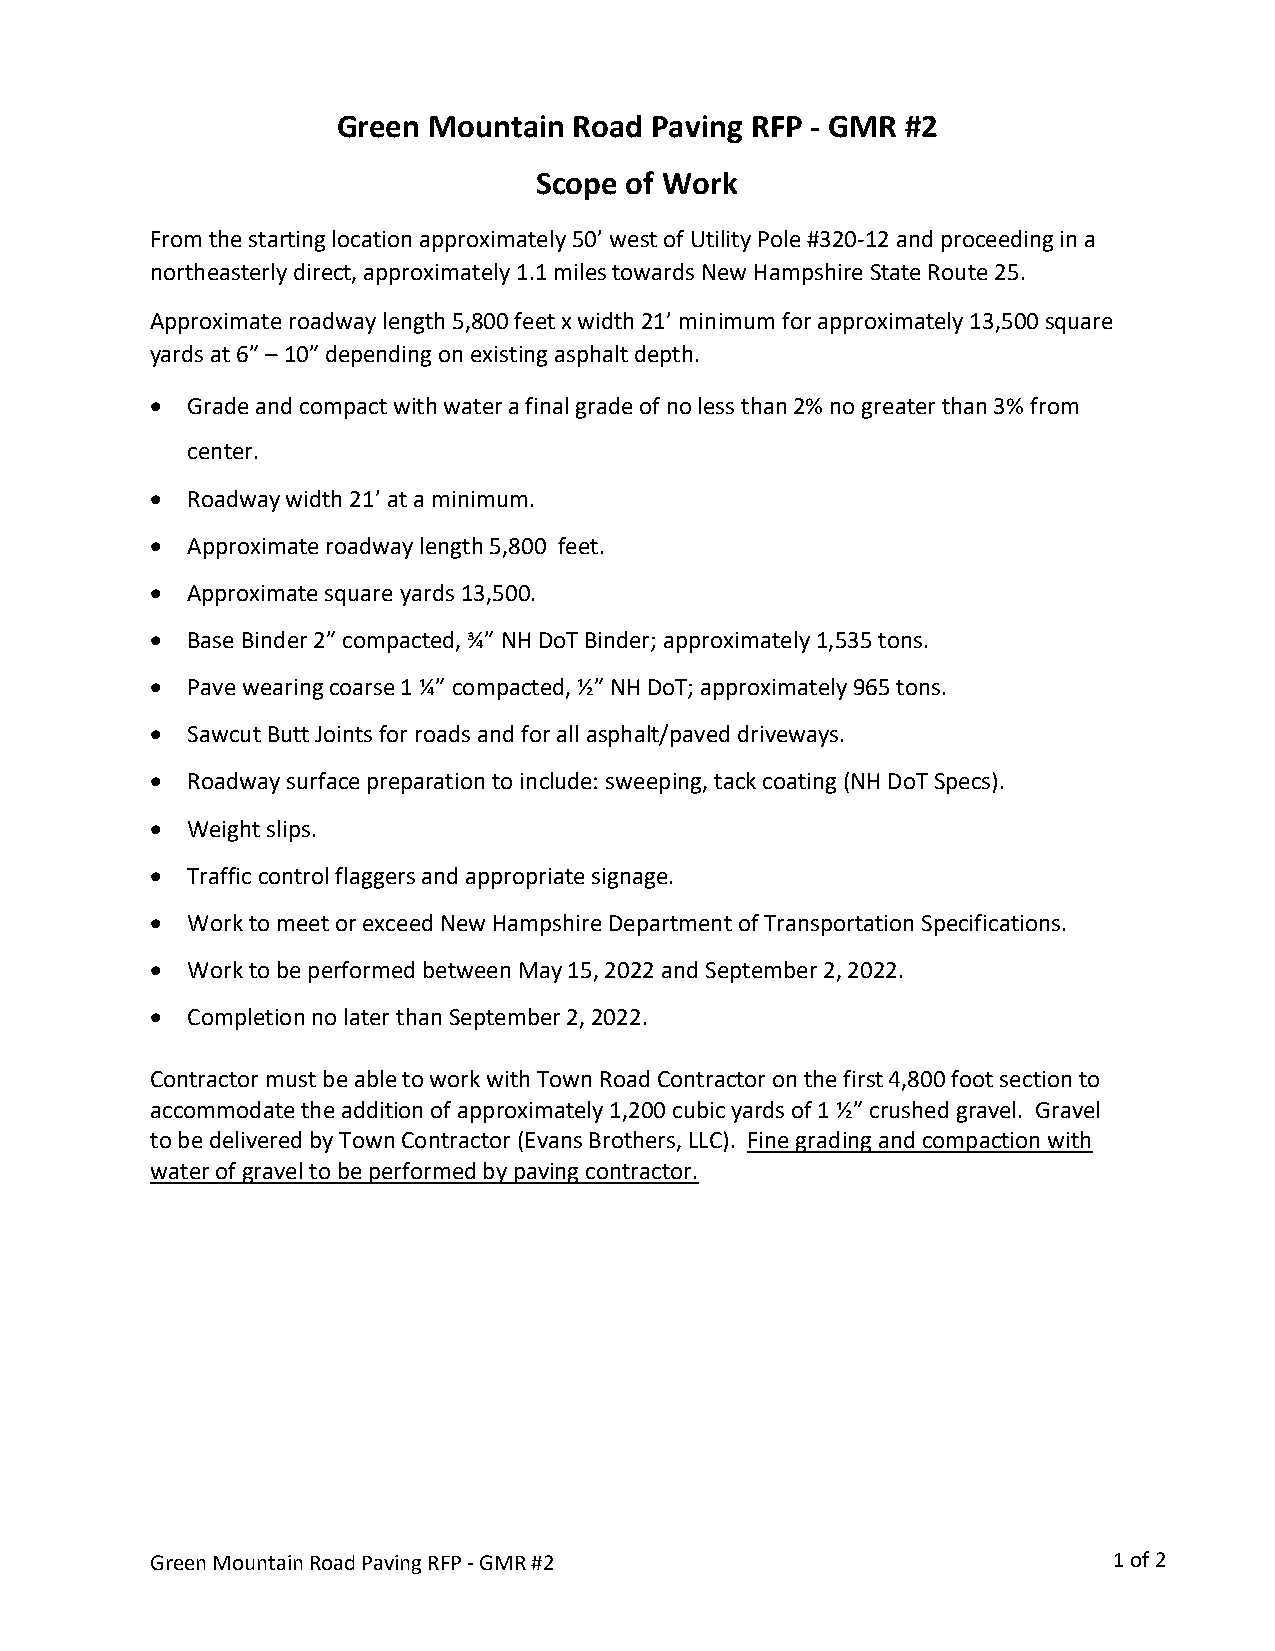
Green Mountain  Road Paving RFP - GMR #2
 Scope of Work
 From the starting location approximately 50’ west of Utility Pole #320-12 and proceeding in a
 northeasterly direct, approximately 1.1 miles towards New Hampshire State Route 25.
 Approximate roadway length 5,800 feet x width 21’ minimum for approximately 13,500 square
 yards at 6” – 10” depending on existing asphalt depth.
 • Grade and compact with water a final grade of no less than 2% no greater than 3% from
 center.
 • Roadway width 21’ at a minimum.
 • Approximate roadway length 5,800 feet.
 • Approximate square yards 13,500.
 • Base Binder 2” compacted, ¾” NH DoT Binder; approximately 1,535 tons.
 • Pave wearing coarse 1 ¼” compacted, ½” NH DoT; approximately 965 tons.
 • Sawcut Butt Joints for roads and for all asphalt/paved driveways.
 • Roadway surface preparation to include: sweeping, tack coating (NH DoT Specs).
 • Weight slips.
 • Traffic control flaggers and appropriate signage.
 • Work to meet or exceed New Hampshire Department of Transportation Specifications.
 • Work to be performed between May 15, 2022 and September 2, 2022.
 • Completion no later than September 2, 2022.
 Contractor must be able to work with Town Road Contractor on the first 4,800 foot section to
 accommodate the addition of approximately 1,200 cubic yards of 1 ½” crushed gravel. Gravel
 to be delivered by Town Contractor (Evans Brothers, LLC). Fine grading and compaction with
 water of gravel to be performed by paving contractor.
 Green Mountain Road Paving RFP - GMR #2                         1 of 2